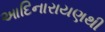
આદિનારાયણથી